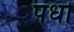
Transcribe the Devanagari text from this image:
पधो